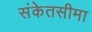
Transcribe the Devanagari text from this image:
संकेतसीमा